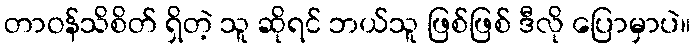
တာဝန်သိစိတ် ရှိတဲ့ သူ ဆိုရင် ဘယ်သူ ဖြစ်ဖြစ် ဒီလို ပြောမှာပဲ။